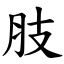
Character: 肢